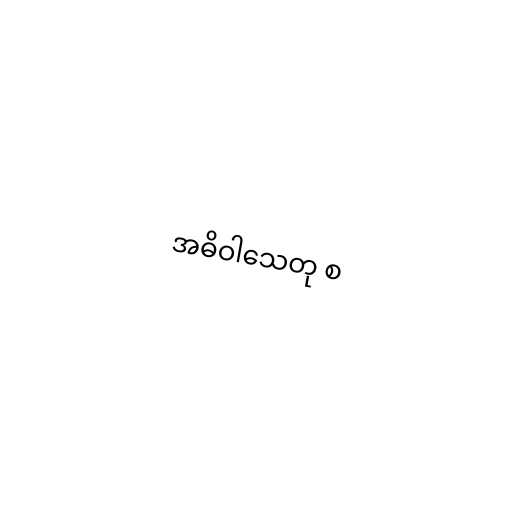
အဓိဝါသေတု စ